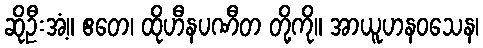
ဆိုဦးအံ့။ ဧတေ၊ ထိုဟီနပဏီတ တို့ကို။ အာယူဟနဝသေန၊